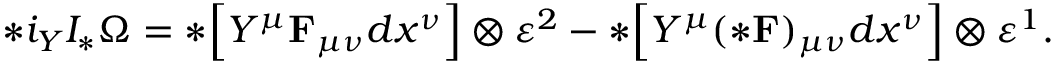
* i _ { Y } { \cal I } _ { * } \Omega = * \Bigl [ Y ^ { \mu } { \bf F } _ { \mu \nu } d x ^ { \nu } \Bigr ] \otimes \varepsilon ^ { 2 } - * \Bigl [ Y ^ { \mu } ( * { \bf F } ) _ { \mu \nu } d x ^ { \nu } \Bigr ] \otimes \varepsilon ^ { 1 } .